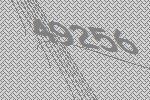
49256